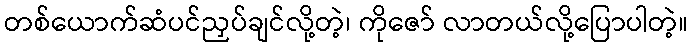
တစ်ယောက်ဆံပင်ညှပ်ချင်လို့တဲ့၊ ကိုဇော် လာတယ်လို့ပြောပါတဲ့။